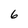
Character: 6